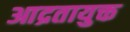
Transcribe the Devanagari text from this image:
आद्रतायुक्त